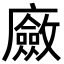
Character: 𢋻